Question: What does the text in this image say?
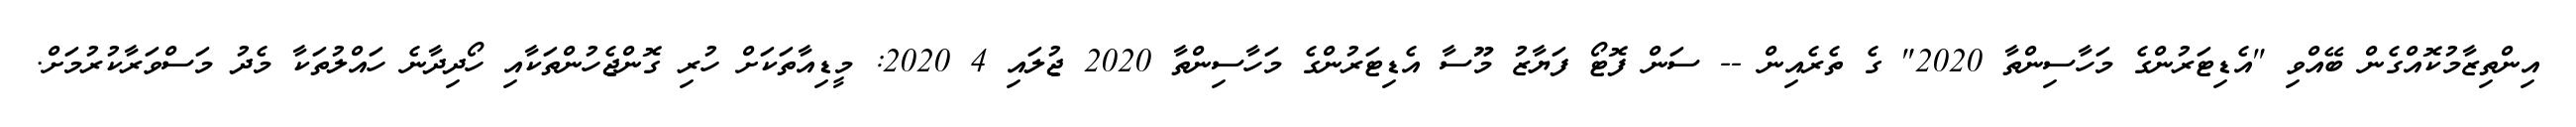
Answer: އިންތިޒާމުކޮއްގެން ބޭއްވި "އެޑިޓަރުންގެ މަހާސިންތާ 2020" ގެ ތެރެއިން -- ސަން ފޮޓޯ ފަޔާޒު މޫސާ އެޑިޓަރުންގެ މަހާސިންތާ 2020 ޖުލައި 4 2020: މީޑިއާތަކަށް ހުރި ގޮންޖެހުންތަކާއި ހޯދިދާނެ ހައްލުތަކާ މެދު މަސްވަރާކުރުމަށް.